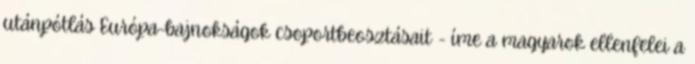
utánpótlás Európa-bajnokságok csoportbeosztásait - íme a magyarok ellenfelei a